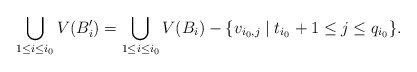
\begin{align*}\bigcup _{1\leq i\leq i_{0}}V(B'_{i})=\bigcup _{1\leq i\leq i_{0}}V(B_{i})-\{v_{i_{0},j}\mid t_{i_{0}}+1\leq j\leq q_{i_{0}}\}.\end{align*}